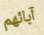
آبائهم